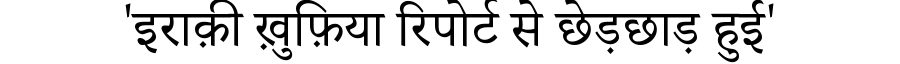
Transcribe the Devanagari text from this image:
'इराक़ी ख़ुफ़िया रिपोर्ट से छेड़छाड़ हुई'